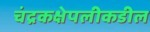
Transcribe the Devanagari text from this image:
चंद्रकक्षेपलीकडील